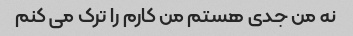
نه من جدی هستم من کارم را ترک می کنم